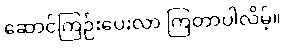
ဆောင်ကြဉ်းပေးလာ ကြတာပါလိမ့်။